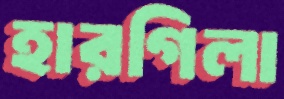
হারগিলা